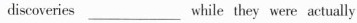
discoveries _______while theywere actually